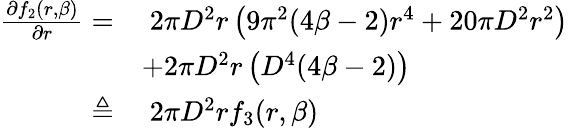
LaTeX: \begin{array}{rl}{\frac{\partial f_{2}(r,\beta)}{\partial r}=}&{\; 2{\pi}D^{2}r\left(9{\pi}^{2}(4\beta-2)r^{4}+20{\pi}D^{2}r^{2}\right)}\\ &{+2{\pi}D^{2}r\left(D^{4}(4\beta-2)\right)}\\ {\triangleq}&{\; 2{\pi}D^{2}rf_{3}(r,\beta)}\end{array}